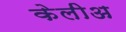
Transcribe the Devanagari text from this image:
केलीअ